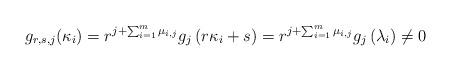
LaTeX: \begin{align*}g_{r,s,j}( \kappa_i) = r^{j + \sum_{i=1}^{m} \mu_{i,j}} g_j \left( r \kappa_i +s\right) = r^{j + \sum_{i=1}^{m} \mu_{i,j}} g_j \left( \lambda_i \right) \neq 0 \end{align*}